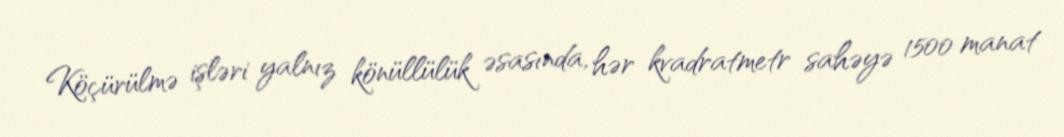
Köçürülmə işləri yalnız könüllülük əsasında, hər kvadratmetr sahəyə 1500 manat